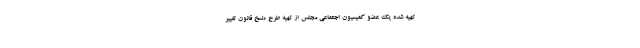
تهیه شده یک عضو کمیسیون اجتماعی مجلس از تهیه طرح «نسخ قانون تغییر